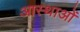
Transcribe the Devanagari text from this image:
आस्‍थाओं